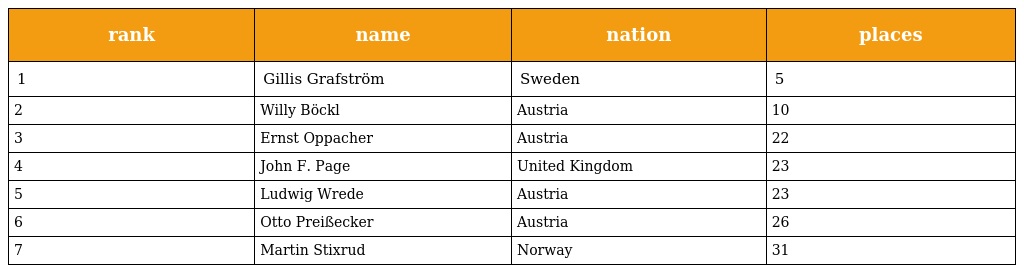
| rank | name | nation | places |
 | --- | --- | --- | --- |
 | 1 | Gillis Grafström | Sweden | 5 |
 | 2 | Willy Böckl | Austria | 10 |
 | 3 | Ernst Oppacher | Austria | 22 |
 | 4 | John F. Page | United Kingdom | 23 |
 | 5 | Ludwig Wrede | Austria | 23 |
 | 6 | Otto Preißecker | Austria | 26 |
 | 7 | Martin Stixrud | Norway | 31 |